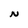
Character: N